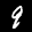
Label: 9